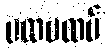
ပထမထပ်